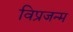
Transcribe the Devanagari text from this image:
विप्रजन्म